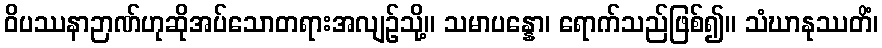
ဝိပဿနာဉာဏ်ဟုဆိုအပ်သောတရားအလျဉ်သို့။ သမာပန္နော၊ ရောက်သည်ဖြစ်၍။ သံဃာနုဿတိံ၊